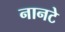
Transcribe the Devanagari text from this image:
नानटे